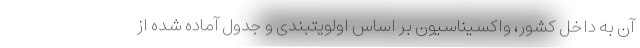
آن به داخل کشور، واکسیناسیون بر اساس اولویتبندی و جدول آماده شده از